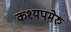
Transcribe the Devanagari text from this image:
कश्यपमेरु